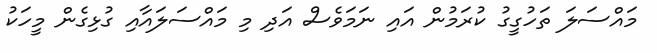
މައްސަލަ ތަހުގީގު ކުރަމުން އައި ނަމަވެސް އަދި މި މައްސަލައާއި ގުޅިގެން މީހަކު